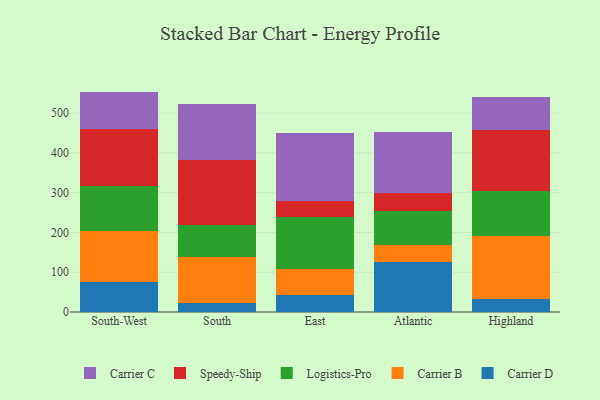
{"axis": {"x": "Region", "y": "Churn Rate (%)"}, "legend": ["Carrier B", "Carrier C", "Carrier D", "Logistics-Pro", "Speedy-Ship"], "data": [{"x": "South-West", "y": 76.2, "type": "Carrier D"}, {"x": "South-West", "y": 127.2, "type": "Carrier B"}, {"x": "South-West", "y": 113.2, "type": "Logistics-Pro"}, {"x": "South-West", "y": 143.5, "type": "Speedy-Ship"}, {"x": "South-West", "y": 94.1, "type": "Carrier C"}, {"x": "South", "y": 22.6, "type": "Carrier D"}, {"x": "South", "y": 115.0, "type": "Carrier B"}, {"x": "South", "y": 80.1, "type": "Logistics-Pro"}, {"x": "South", "y": 163.8, "type": "Speedy-Ship"}, {"x": "South", "y": 141.5, "type": "Carrier C"}, {"x": "East", "y": 43.1, "type": "Carrier D"}, {"x": "East", "y": 65.3, "type": "Carrier B"}, {"x": "East", "y": 129.9, "type": "Logistics-Pro"}, {"x": "East", "y": 40.2, "type": "Speedy-Ship"}, {"x": "East", "y": 171.9, "type": "Carrier C"}, {"x": "Atlantic", "y": 125.4, "type": "Carrier D"}, {"x": "Atlantic", "y": 43.3, "type": "Carrier B"}, {"x": "Atlantic", "y": 84.2, "type": "Logistics-Pro"}, {"x": "Atlantic", "y": 45.6, "type": "Speedy-Ship"}, {"x": "Atlantic", "y": 154.1, "type": "Carrier C"}, {"x": "Highland", "y": 32.3, "type": "Carrier D"}, {"x": "Highland", "y": 159.0, "type": "Carrier B"}, {"x": "Highland", "y": 113.8, "type": "Logistics-Pro"}, {"x": "Highland", "y": 153.4, "type": "Speedy-Ship"}, {"x": "Highland", "y": 83.1, "type": "Carrier C"}]}